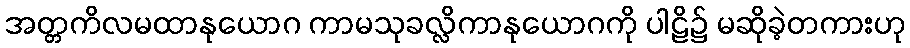
အတ္တကိလမထာနုယောဂ ကာမသုခလ္လိကာနုယောဂကို ပါဠိ၌ မဆိုခဲ့တကားဟု